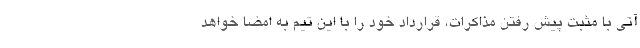
آتی با مثبت پیش رفتن مذاکرات، قرارداد خود را با این تیم به امضا خواهد